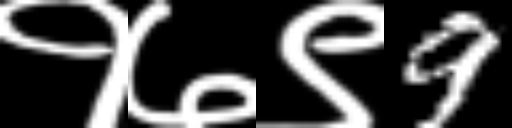
Text: १७९9